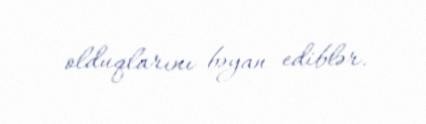
olduqlarını bəyan ediblər.